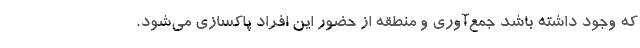
که وجود داشته باشد جمع‌آوری و منطقه از حضور این افراد پاکسازی می‌شود.